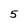
Character: 5